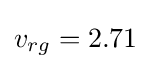
v_{rg}=2.71